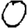
Digit: 0